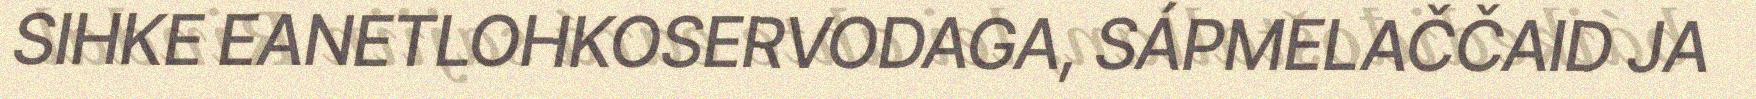
SIHKE EANETLOHKOSERVODAGA, SÁPMELAČČAID JA